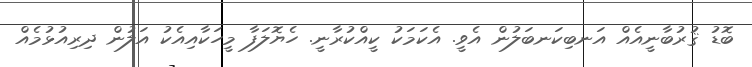
ބޮޑު ޤުރުބާނީއެއް އަނބިކަނބަލުން އެވީ. އެކަމަކު ކީއްކުރާނީ. ހެޔޮލަފާ މީހަކާއިއެކު އަލުން ދިރިއުޅުމެއް